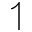
\upharpoonleft